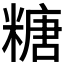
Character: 糖